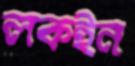
লকইন